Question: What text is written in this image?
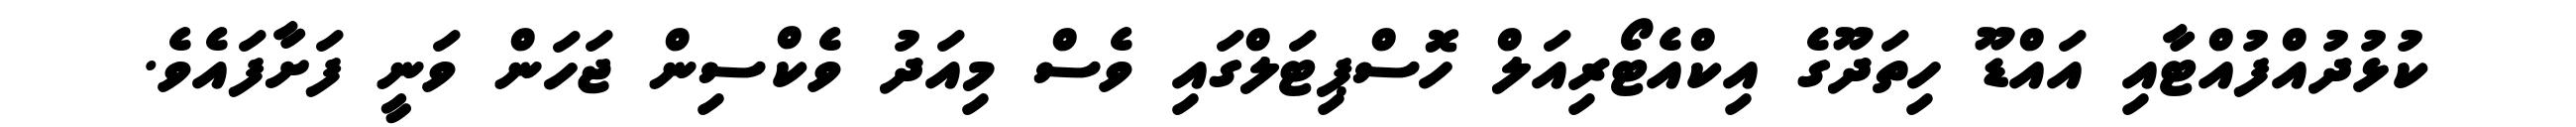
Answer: ކުޅުދުއްފުއްޓާއި އައްޑޫ ހިތަދޫގެ އިކްއެޓޯރިއަލް ހޮސްޕިޓަލްގައި ވެސް މިއަދު ވެކްސިން ޖަހަން ވަނީ ފަށާފައެވެ.